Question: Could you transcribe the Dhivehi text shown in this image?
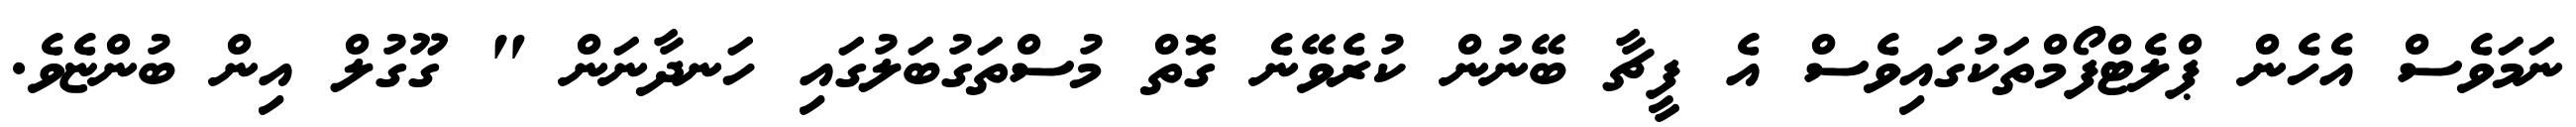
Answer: ނަމަވެސް އެހެން ޕްލެޓްފޯމްތަކުގައިވެސް އެ ފީޗާ ބޭނުން ކުރެވޭނެ ގޮތް މުސްތަގުބަލުގައި ހަނދާނަން " ގޫގުލް އިން ބުންޏެވެ.